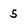
Character: 5